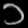
Digit: ၁